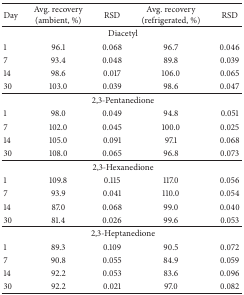
<table><thead><tr><td><b>Day</b></td><td><b>Avg. recovery (ambient, %)</b></td><td><b>RSD</b></td><td><b>Avg. recovery (refrigerated, %)</b></td><td><b>RSD</b></td></tr></thead><tbody><tr><td colspan="5">Diacetyl</td></tr><tr><td>1</td><td>96.1 </td><td>0.068</td><td>96.7</td><td>0.046</td></tr><tr><td>7</td><td>93.4</td><td>0.048</td><td>89.8</td><td>0.039</td></tr><tr><td>14</td><td>98.6</td><td>0.017</td><td>106.0</td><td>0.065</td></tr><tr><td>30</td><td>103.0</td><td>0.039</td><td>98.6</td><td>0.047</td></tr><tr><td colspan="5">2,3-Pentanedione</td></tr><tr><td>1</td><td>98.0</td><td>0.049</td><td>94.8</td><td>0.051</td></tr><tr><td>7</td><td>102.0</td><td>0.045</td><td>100.0</td><td>0.025</td></tr><tr><td>14</td><td>105.0</td><td>0.091</td><td>97.1</td><td>0.068</td></tr><tr><td>30</td><td>108.0</td><td>0.065</td><td>96.8</td><td>0.073</td></tr><tr><td colspan="5">2,3-Hexanedione</td></tr><tr><td>1</td><td>109.8</td><td>0.115</td><td>117.0</td><td>0.056</td></tr><tr><td>7</td><td>93.9</td><td>0.041</td><td>110.0</td><td>0.054</td></tr><tr><td>14</td><td>87.0</td><td>0.068</td><td>99.0</td><td>0.040</td></tr><tr><td>30</td><td>81.4</td><td>0.026</td><td>99.6</td><td>0.053</td></tr><tr><td colspan="5">2,3-Heptanedione</td></tr><tr><td>1</td><td>89.3</td><td>0.109</td><td>90.5</td><td>0.072</td></tr><tr><td>7</td><td>90.8</td><td>0.055</td><td>84.9</td><td>0.059</td></tr><tr><td>14</td><td>92.2</td><td>0.053</td><td>83.6</td><td>0.096</td></tr><tr><td>30</td><td>92.2</td><td>0.021</td><td>97.0</td><td>0.082</td></tr></tbody></table>